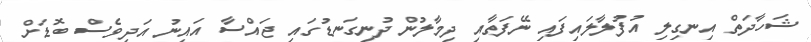
ޝަހާދަތް އިނގިލި އުފުލާލައިފައި ނޭފަތާއި ދިމާލުން ދުނިގަނޑުގައި ޖައްސާ އައިނު އަދިވެސް ބޮޑަށް